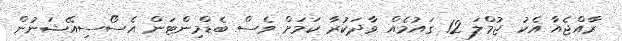
ރާއްޖެއާ އެކު ޖުމްލަ 12 ގައުމެއް ވާދަކުރާ ކަމަށް ވެސް ބެޑްމިންޓަން އެސޯސިއޭޝަނުން